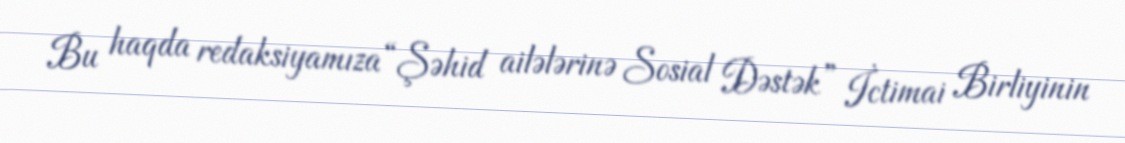
Bu haqda redaksiyamıza “Şəhid ailələrinə Sosial Dəstək” İctimai Birliyinin